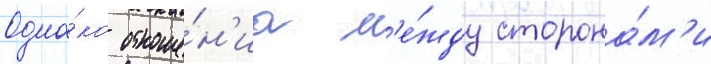
Одна́ко отноше́н'иа м'е́жду сторона́м'и